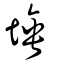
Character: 埵